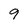
Character: 9